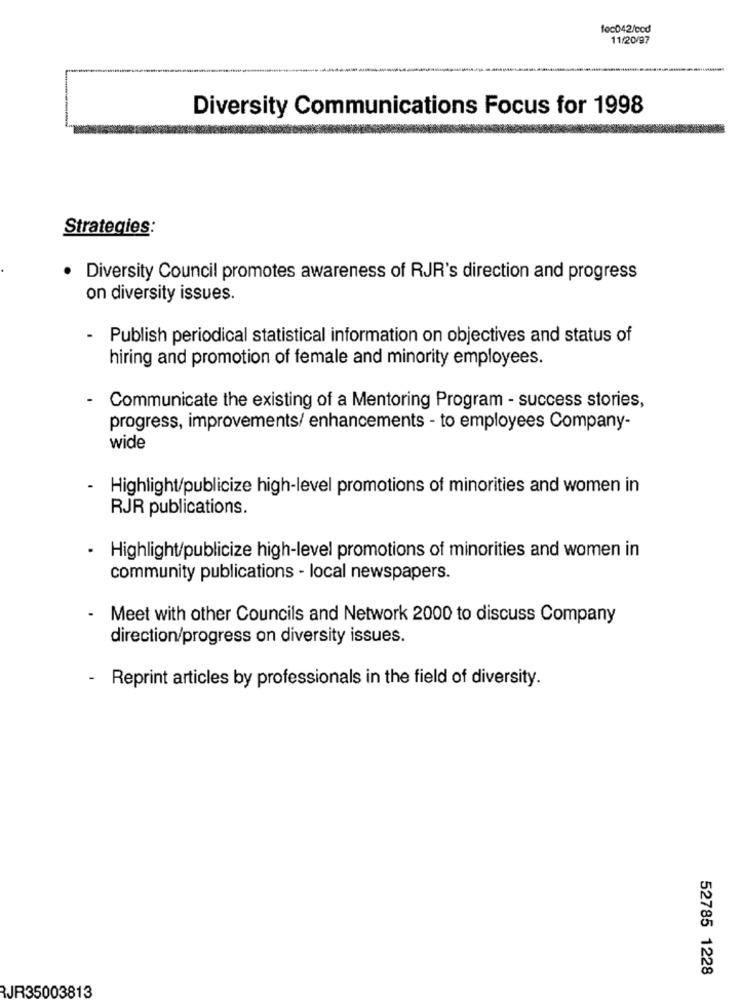
foc042/cod
11/20/97
Diversity Communications Focus for 1998
Strategies:
· Diversity Council promotes awareness of RJR's direction and progress
on diversity issues.
- Publish periodical statistical information on objectives and status of
hiring and promotion of female and minority employees.
Communicate the existing of a Mentoring Program - success stories,
progress, improvements/ enhancements - to employees Company-
wide
Highlight/publicize high-level promotions of minorities and women in
RJR publications.
Highlight/publicize high-level promotions of minorities and women in
community publications - local newspapers.
Meet with other Councils and Network 2000 to discuss Company
direction/progress on diversity issues.
- Reprint articles by professionals in the field of diversity.
52785 1228
RJR35003813